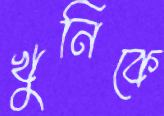
খুনিকে